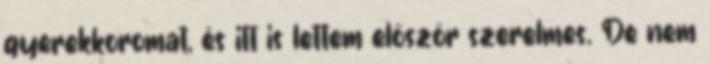
gyerekkoromat, és itt is lettem először szerelmes. De nem